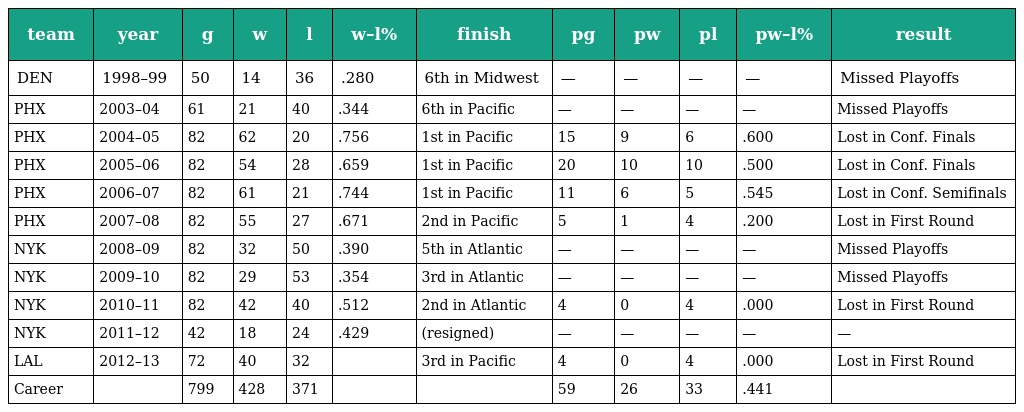
| team | year | g | w | l | w–l% | finish | pg | pw | pl | pw–l% | result |
 | --- | --- | --- | --- | --- | --- | --- | --- | --- | --- | --- | --- |
 | DEN | 1998–99 | 50 | 14 | 36 | .280 | 6th in Midwest | — | — | — | — | Missed Playoffs |
 | PHX | 2003–04 | 61 | 21 | 40 | .344 | 6th in Pacific | — | — | — | — | Missed Playoffs |
 | PHX | 2004–05 | 82 | 62 | 20 | .756 | 1st in Pacific | 15 | 9 | 6 | .600 | Lost in Conf. Finals |
 | PHX | 2005–06 | 82 | 54 | 28 | .659 | 1st in Pacific | 20 | 10 | 10 | .500 | Lost in Conf. Finals |
 | PHX | 2006–07 | 82 | 61 | 21 | .744 | 1st in Pacific | 11 | 6 | 5 | .545 | Lost in Conf. Semifinals |
 | PHX | 2007–08 | 82 | 55 | 27 | .671 | 2nd in Pacific | 5 | 1 | 4 | .200 | Lost in First Round |
 | NYK | 2008–09 | 82 | 32 | 50 | .390 | 5th in Atlantic | — | — | — | — | Missed Playoffs |
 | NYK | 2009–10 | 82 | 29 | 53 | .354 | 3rd in Atlantic | — | — | — | — | Missed Playoffs |
 | NYK | 2010–11 | 82 | 42 | 40 | .512 | 2nd in Atlantic | 4 | 0 | 4 | .000 | Lost in First Round |
 | NYK | 2011–12 | 42 | 18 | 24 | .429 | (resigned) | — | — | — | — | — |
 | LAL | 2012–13 | 72 | 40 | 32 |  | 3rd in Pacific | 4 | 0 | 4 | .000 | Lost in First Round |
 | Career |  | 799 | 428 | 371 |  |  | 59 | 26 | 33 | .441 |  |